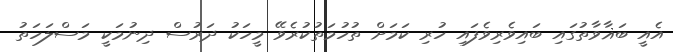
އެއީ ބަޣާވާތުގައި ބައިވެރިވެފައި ހުރި ކަމަށް ތުހުމަތުކުރެވޭ މީހަކު ދަރުސް ދިނުމަކީ މަސްލަހަތު